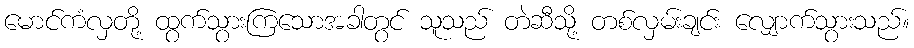
မောင်ကံလှတို့ ထွက်သွားကြသောအခါတွင် သူသည် တဲဆီသို့ တစ်လှမ်းချင်း လျှောက်သွားသည်။